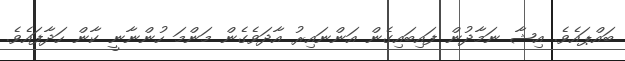
ބައްޕައެވެ. އިޝާ ނަމާދުން ފައިބައިގެން އަންނައިރު އާދަވެގެން މަންމަ ހުންނާނީ ކާން ހަދާފައެވެ.